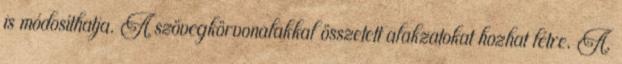
is módosíthatja. A szövegkörvonalakkal összetett alakzatokat hozhat létre. A.